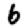
Digit: 6